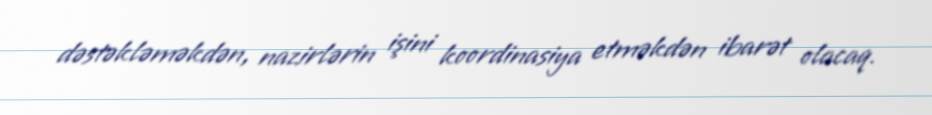
dəstəkləməkdən, nazirlərin işini koordinasiya etməkdən ibarət olacaq.